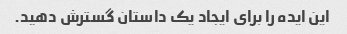
این ایده را برای ایجاد یک داستان گسترش دهید.